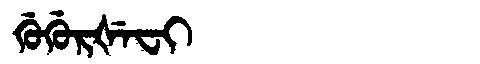
Manchu: ᡤᡠᡤᡠᡵᡧᡝᠸᡳ
Romanization: GUGURŠEFI